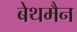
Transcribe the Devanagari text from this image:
बेथमैन